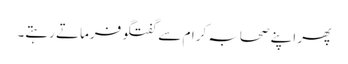
پھر اپنے صحابہ کرام سے گفتگو فرماتے رہتے۔